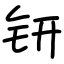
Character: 钘